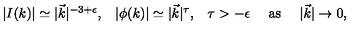
\begin{array} { c c c c c } { | I ( k ) | \simeq | \vec { k } | ^ { - 3 + \epsilon } , } & { | \phi ( k ) | \simeq | \vec { k } | ^ { \tau } , } & { \tau > - \epsilon } & { \mathrm { \ a s \ } } & { | \vec { k } | \rightarrow 0 , } \\ \end{array}